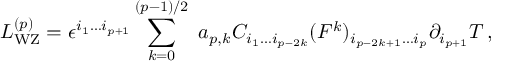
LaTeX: { \cal L } _ { \mathrm { W Z } } ^ { ( p ) } = \epsilon ^ { i _ { 1 } \ldots i _ { p + 1 } } \sum _ { k = 0 } ^ { ( p - 1 ) / 2 } \, \, a _ { p , k } C _ { i _ { 1 } \ldots i _ { p - 2 k } } ( F ^ { k } ) _ { i _ { p - 2 k + 1 } \ldots i _ { p } } \partial _ { i _ { p + 1 } } T \, ,